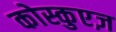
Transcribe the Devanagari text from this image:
कोस्कुएज़